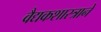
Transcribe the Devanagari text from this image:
वैद्यकशास्त्राने